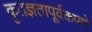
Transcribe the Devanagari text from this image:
कृतज्ञतापूर्वकपणे